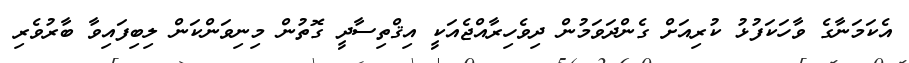
އެކަމަނާގެ ވާހަކަފުޅު ކުރިއަށް ގެންދަވަމުން ދިވެހިރާއްޖެއަކީ އިޤްތިސާދީ ގޮތުން މިނިވަންކަން ލިބިފައިވާ ބާރުވެރި